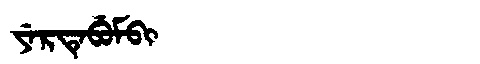
Manchu: ᠶᡝᡵᡨᡝᠪᡠᠮᠪᡳ
Romanization: YERTEBUMBI